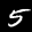
Label: 5